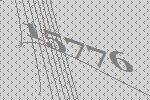
15776